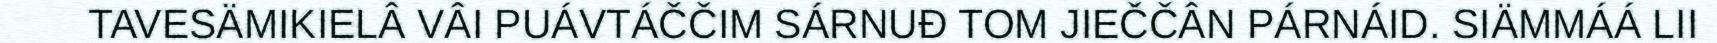
TAVESÄMIKIELÂ VÂI PUÁVTÁČČIM SÁRNUĐ TOM JIEČČÂN PÁRNÁID. SIÄMMÁÁ LII